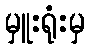
မှူးရုံးမှ